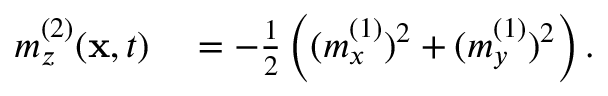
\begin{array} { r l } { m _ { z } ^ { ( 2 ) } ( \mathbf { x } , t ) } & { { } = - \frac { 1 } { 2 } \left( ( m _ { x } ^ { ( 1 ) } ) ^ { 2 } + ( m _ { y } ^ { ( 1 ) } ) ^ { 2 } \right) . } \end{array}